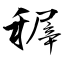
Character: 稺